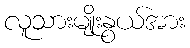
လူသားမျိုးနွယ်အား